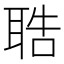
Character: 聕